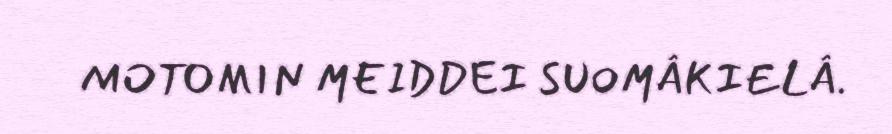
MOTOMIN MEIDDEI SUOMÂKIELÂ.